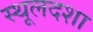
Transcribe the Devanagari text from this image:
स्थूलदशा